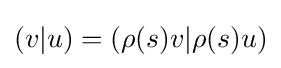
(v|u)=(\rho (s)v|\rho (s)u)